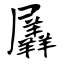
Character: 羼